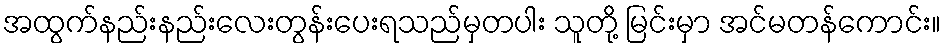
အထွက်နည်းနည်းလေးတွန်းပေးရသည်မှတပါး သူတို့ မြင်းမှာ အင်မတန်ကောင်း။